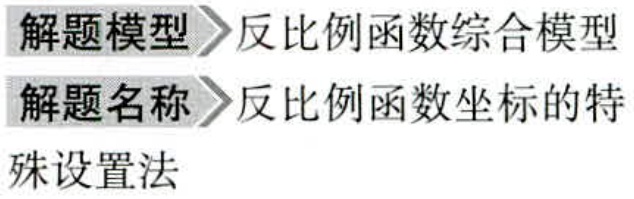
解题模型$\rhd$反比例函数综合模型
解题名称$\rhd$反比例函数坐标的特
殊设置法